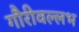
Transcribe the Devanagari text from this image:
गौरीवल्लभ